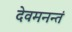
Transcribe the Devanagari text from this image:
देवमनन्तं